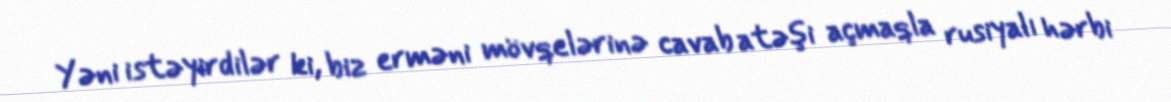
Yəni istəyirdilər ki, biz erməni mövqelərinə cavab atəşi açmaqla rusiyalı hərbi